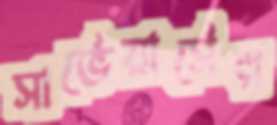
সার্ভেয়ার্সের